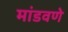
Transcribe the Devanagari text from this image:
मांडवणे